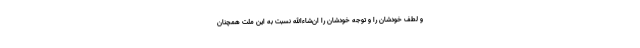
و لطف خودشان را و توجّه خودشان را ان‌شاءالله نسبت به این ملّت همچنان